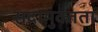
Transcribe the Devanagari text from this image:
सदामुक्तता